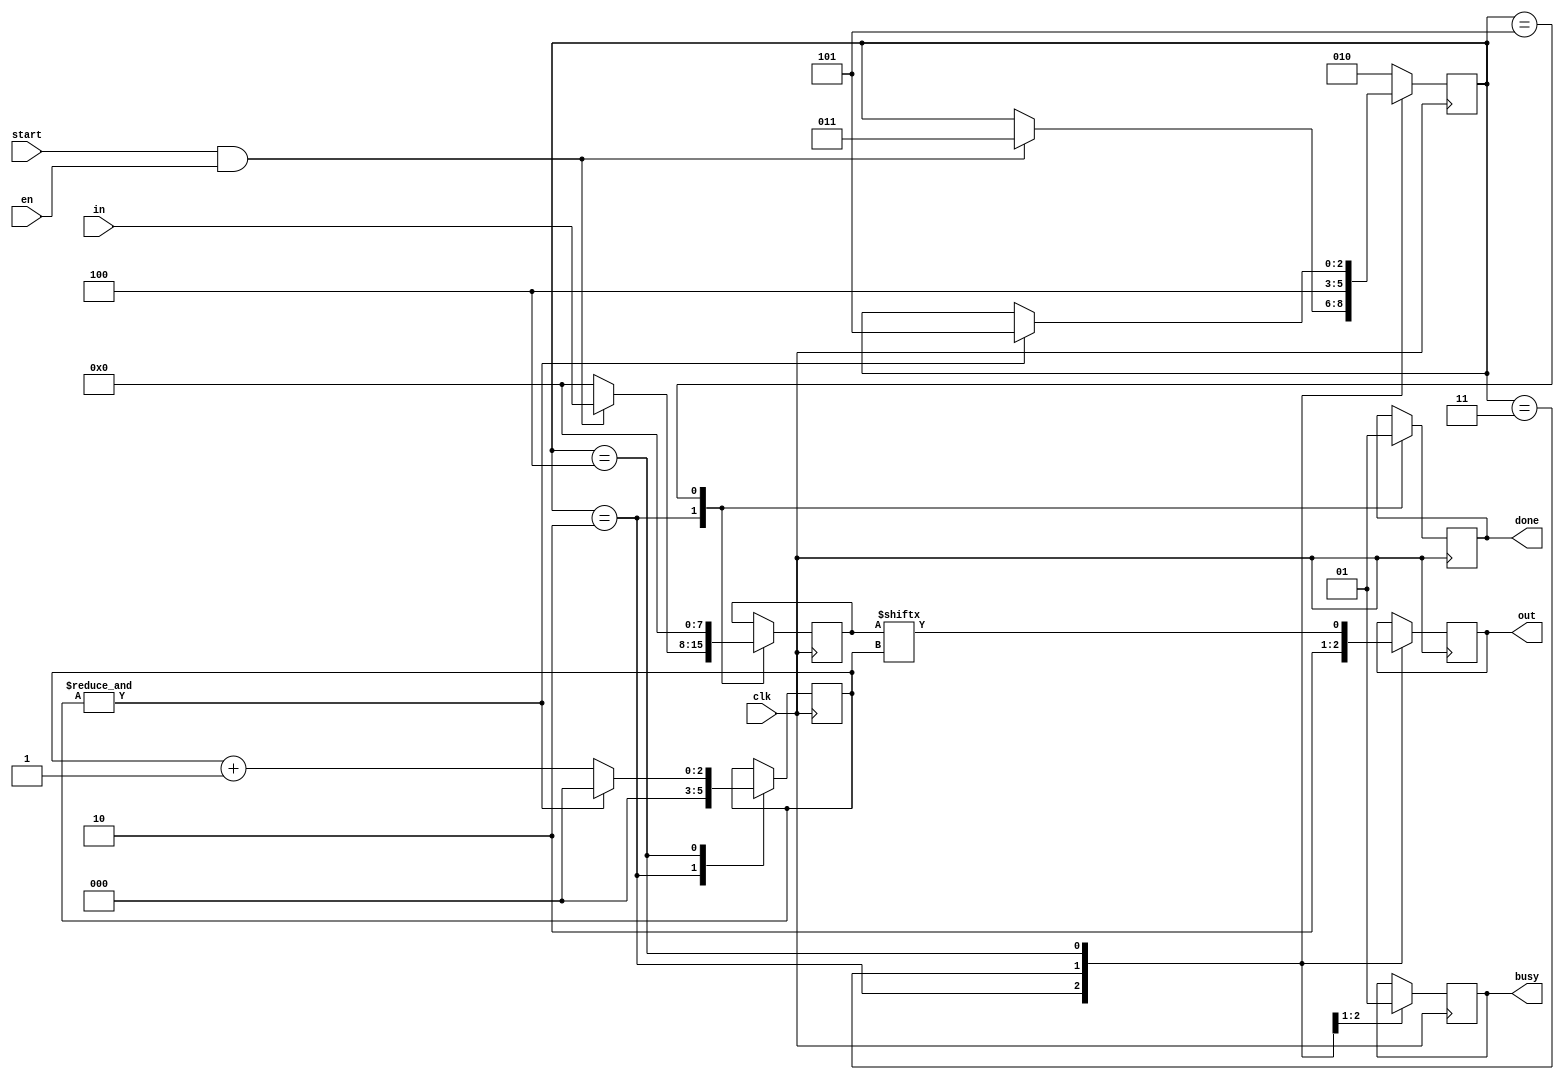
// states of state machine
`define RESET       3'b001
`define IDLE        3'b010
`define START_BIT   3'b011 // transmitter only
`define DATA_BITS   3'b100
`define STOP_BIT    3'b101
/*
 * 8-bit UART Transmitter.
 * Able to transmit 8 bits of serial data, one start bit, one stop bit.
 * When transmit is complete {done} is driven high for one clock cycle.
 * When transmit is in progress {busy} is driven high.
 * Clock should be decreased to baud rate.
 */
module Uart8Transmitter (
    input  wire       clk,   // baud rate
    input  wire       en,
    input  wire       start, // start of transaction
    input  wire [7:0] in,    // data to transmit
    output reg        out,   // tx
    output reg        done,  // end on transaction
    output reg        busy   // transaction is in process
);
    reg [2:0] state  = `RESET;
    reg [7:0] data   = 8'b0; // to store a copy of input data
    reg [2:0] bitIdx = 3'b0; // for 8-bit data
    reg [2:0] idx;

    always@*
    begin
        idx = bitIdx;
    end

    always @(posedge clk) begin
        case (state)
            default     : begin
                state   <= `IDLE;
            end
            `IDLE       : begin
                out     <= 1'b1; // drive line high for idle
                done    <= 1'b0;
                busy    <= 1'b0;
                bitIdx  <= 3'b0;
                data    <= 8'b0;
                if (start & en) begin
                    data    <= in; // save a copy of input data
                    state   <= `START_BIT;
                end
            end
            `START_BIT  : begin
                out     <= 1'b0; // send start bit (low)
                busy    <= 1'b1;
                state   <= `DATA_BITS;
            end
            `DATA_BITS  : begin // Wait 8 clock cycles for data bits to be sent
                out     <= data[idx];
                if (&bitIdx) begin
                    bitIdx  <= 3'b0;
                    state   <= `STOP_BIT;
                end else begin
                    bitIdx  <= bitIdx + 1'b1;
                end
            end
            `STOP_BIT   : begin // Send out Stop bit (high)
                done    <= 1'b1;
                data    <= 8'b0;
                state   <= `IDLE;
            end
        endcase
    end

endmodule